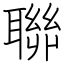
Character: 聯